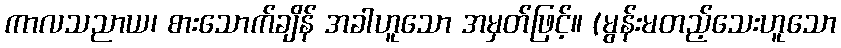
ကာလသညာယ၊ စားသောက်ချိန် အခါဟူသော အမှတ်ဖြင့်။ (မွန်းမတည့်သေးဟူသော